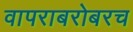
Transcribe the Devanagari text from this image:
वापराबरोबरच